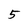
Character: 5